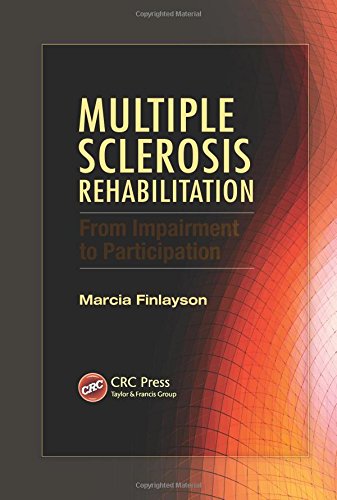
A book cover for Multiple Sclerosis Rehabilitation: From Impairment to Participation (Rehabilitation Science in Practice Series); Health, Fitness & Dieting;